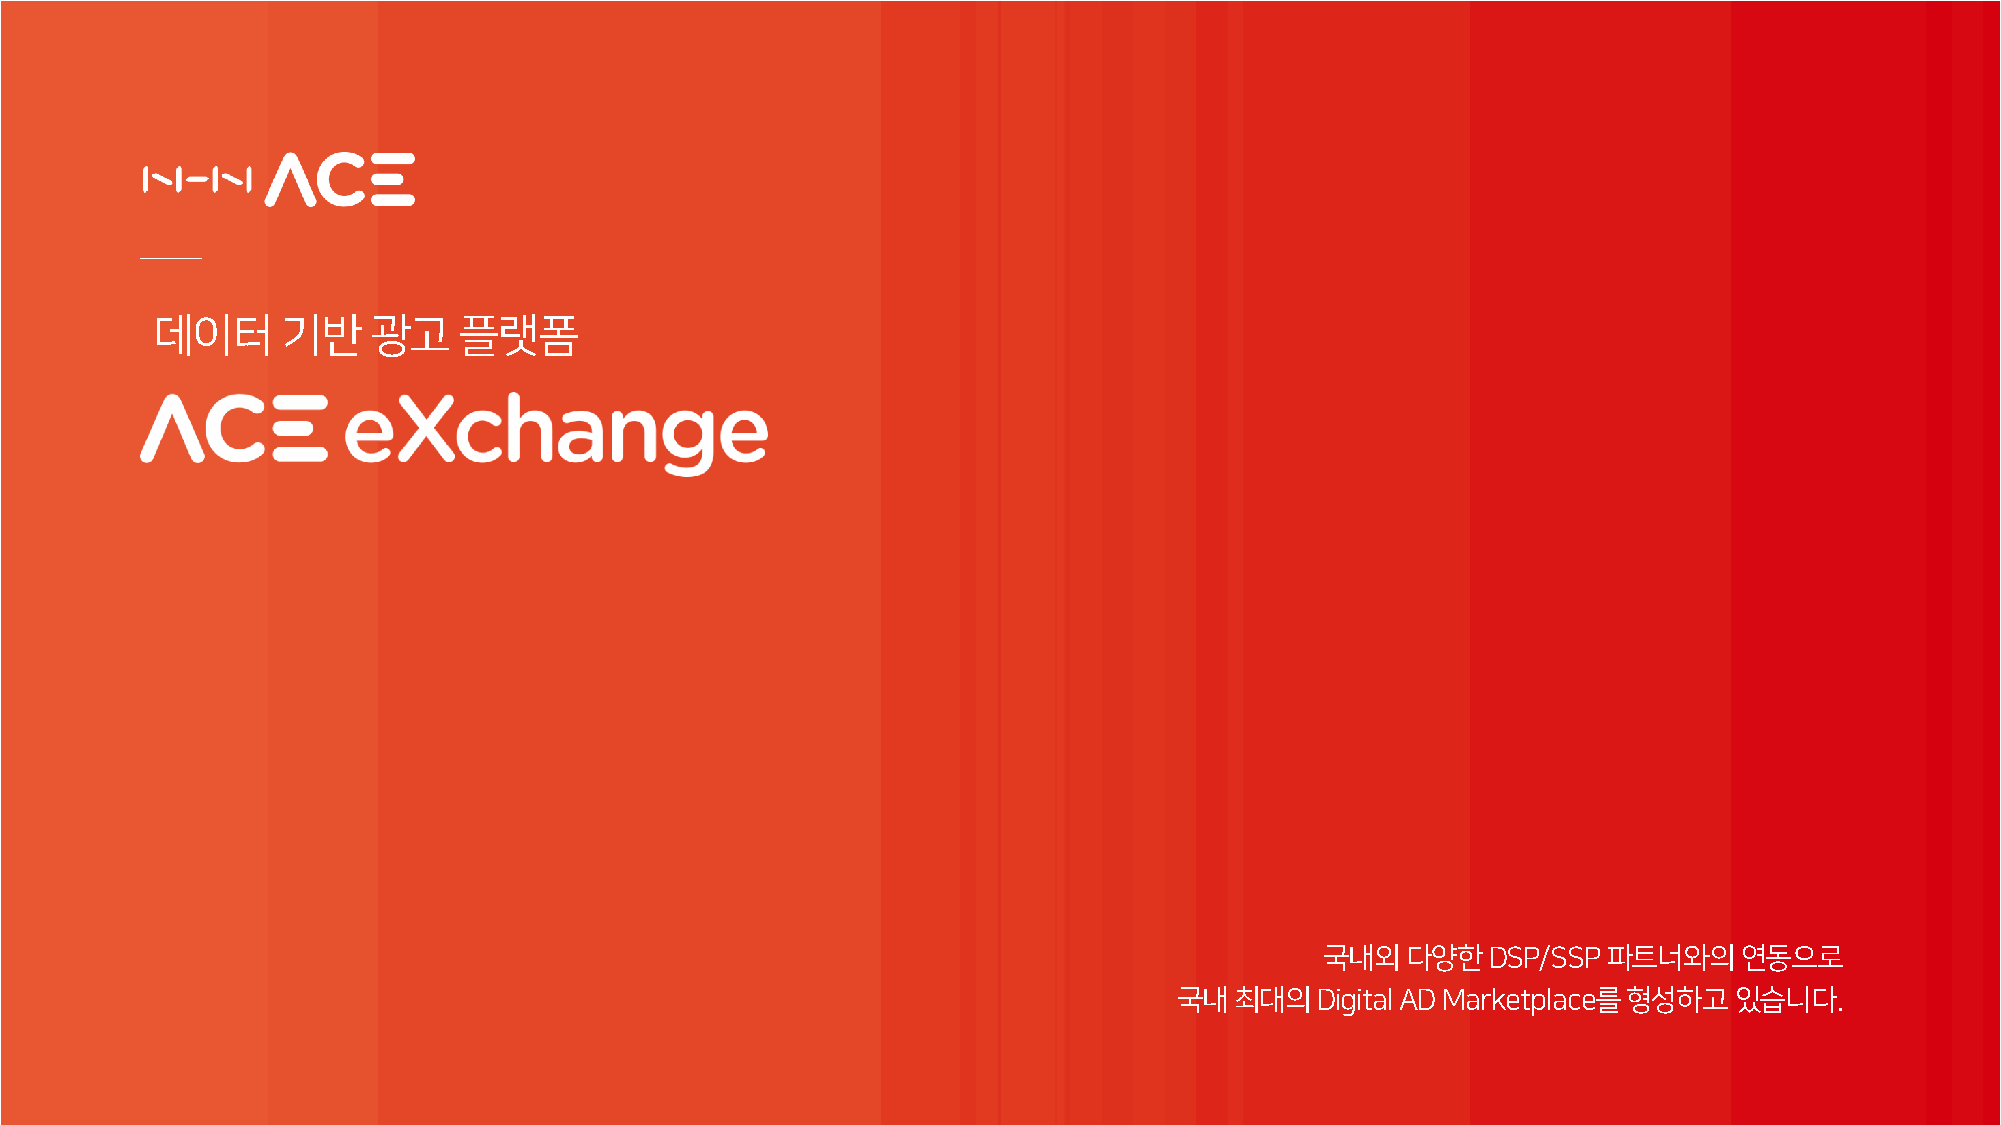
데이터      기반   광고    플랫폼
 국내외다양한DSP/SSP     파트너와의연동으로
 국내최대의Digital   AD Marketplace를형성하고있습니다.